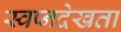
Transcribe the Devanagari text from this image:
स्वप्नदेखता